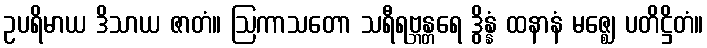
ဥပရိမာယ ဒိသာယ ဇာတံ။ ဩကာသတော သရီရဗ္ဘန္တရေ ဒွိန္နံ ထနာနံ မဇ္ဈေ ပတိဋ္ဌိတံ။